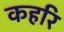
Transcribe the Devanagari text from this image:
कहरि